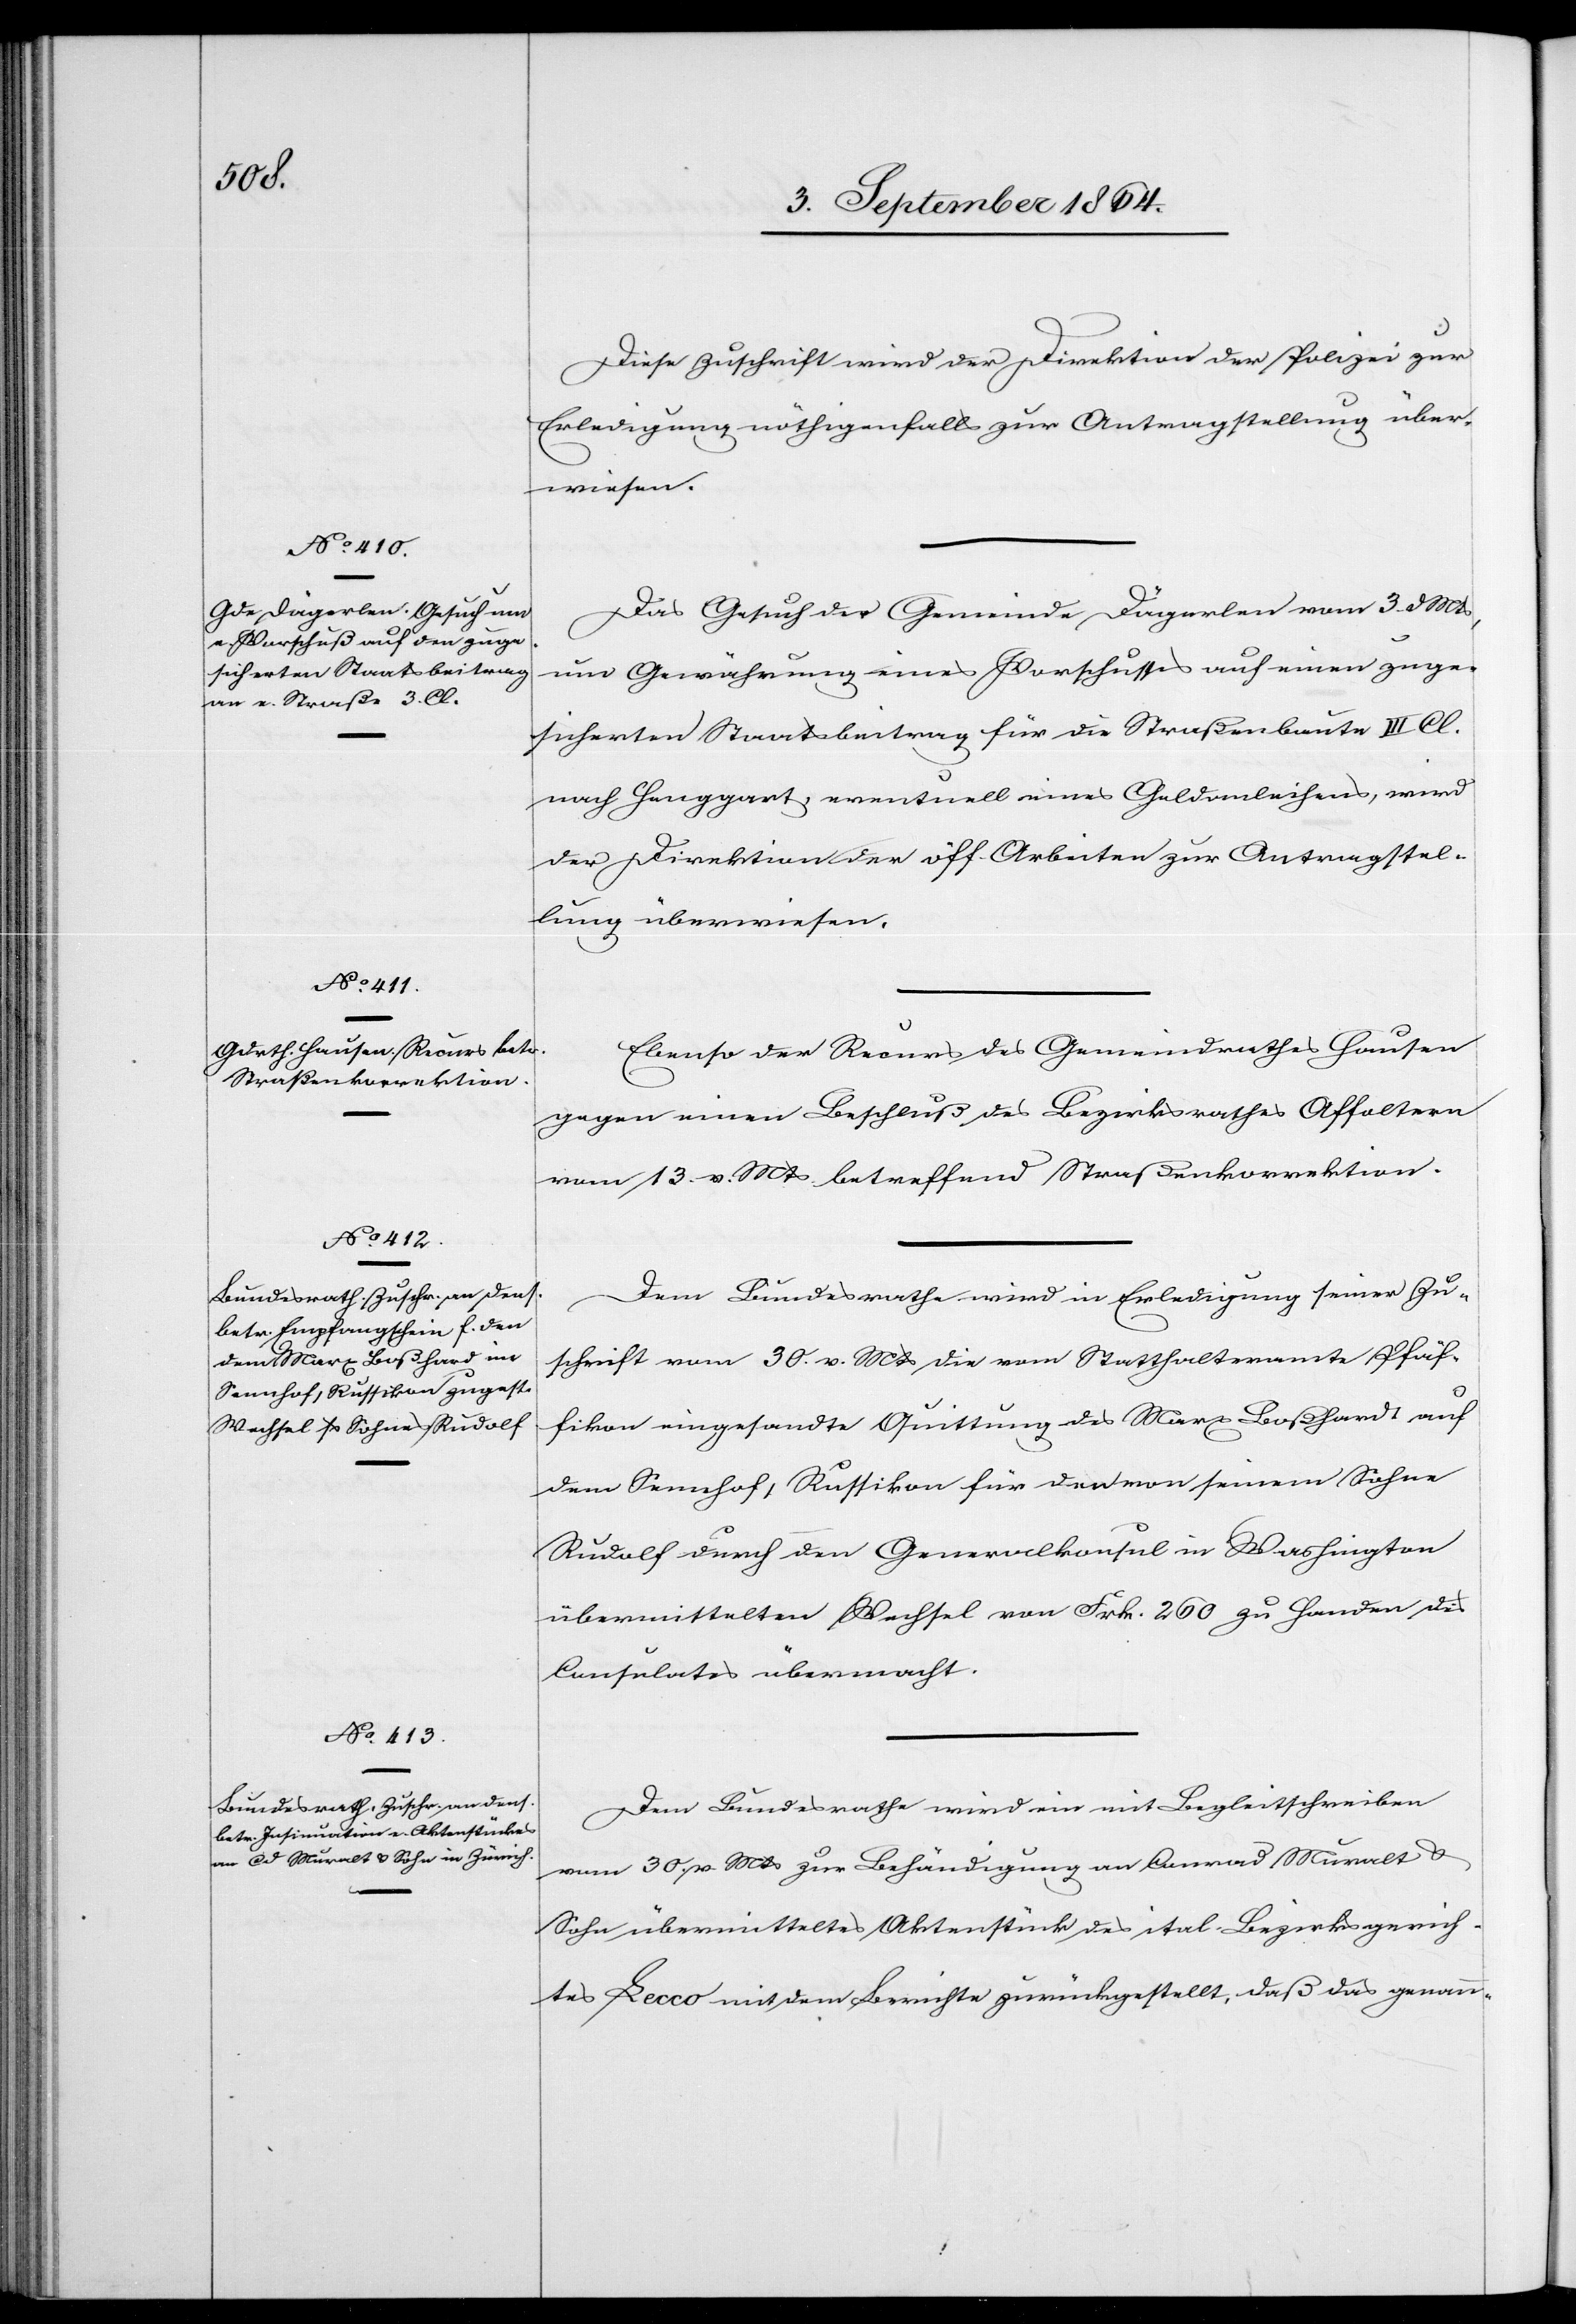
7. September 1864.]
Diese Zuschrift wird der Direktion der Polizei zur
Erledigung nöthigenfalls zur Antragstellung über¬
wiesen.
Das Gesuch der Gemeinde Dägerlen vom 3. d. Mts,
um Gewährung eines Vorschusses auf einen zuge¬
sicherten Staatsbeitrag für die Straßenbaute III. Cl.
nach Henggart, eventuell eines Geldanleihens, wird
der Direktion der öff. Arbeiten zur Antragstel¬
lung überwiesen.
Ebenso der Recurs des Gemeindrathes Hausen
gegen einen Beschluß des Bezirksrathes Affoltern
vom 13. v. Mts. betreffend Straßenkorrektion.
Dem Bundesrathe wird in Erledigung seiner Zu¬
von
schrift vom 30. v. Mts die vom Statthalteramte Pfäf¬
fikon eingesandte Quittung des Marx Boßhard auf
dem Sennhof, Russikon für den von seinem Sohn
Rudolf durch den Generalkonsul in Washington
übermittelten Wechsel von Frk. 260 zu Handen des
Consulates übermacht.
Dem Bundesrathe wird ein mit Begleitschreiben
vom 30. v. Mts zur Behändigung an Conrad Muralt &
Sohn übermitteltes Aktenstück des ital. Bezirksgerich¬
tes Lecco mit dem Berichte zurückgestellt, daß das genann-